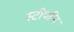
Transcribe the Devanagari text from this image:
स्टीयरिन